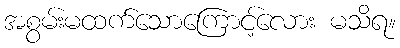
အစွမ်းမထက်သောကြောင့်လေား မသိရ။